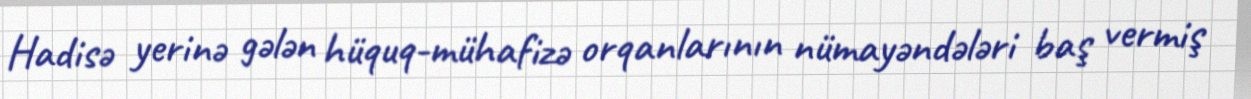
Hadisə yerinə gələn hüquq-mühafizə orqanlarının nümayəndələri baş vermiş